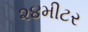
૨૪મીટર